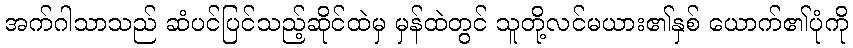
အက်ဂါသာသည် ဆံပင်ပြင်သည့်ဆိုင်ထဲမှ မှန်ထဲတွင် သူတို့လင်မယား၏နှစ် ယောက်၏ပုံကို